Insane asylums in Bengal annual reports 1867-1875 - 1867-1875
Year: 1867
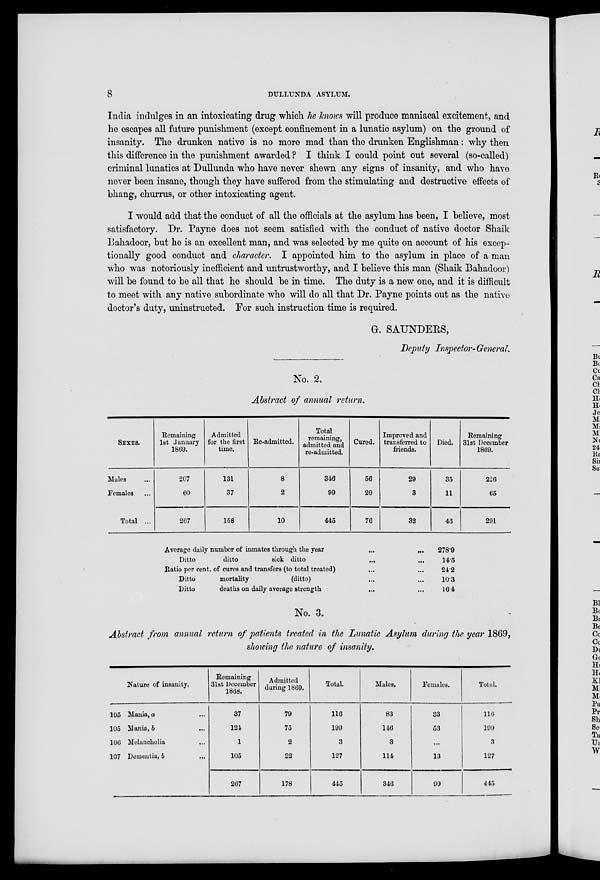
8
DULLUNDA ASYLUM.
India indulges in an intoxicating drug which he knows will produce maniacal excitement, and
he escapes all future punishment (except confinement in a lunatic asylum) on the ground of
insanity. The drunken native is no more mad than the drunken Englishman: why then
this difference in the punishment awarded ? I think I could point out several (so-called)
criminal lunatics at Dullunda who have never shewn any signs of insanity, and who have
never been insane, though they have suffered from the stimulating and destructive effects of
bhang, churrus, or other intoxicating agent.
I would add that the conduct of all the officials at the asylum has been, I believe, most
satisfactory. Dr. Payne does not seem satisfied with the conduct of native doctor Shaik
Bahadoor, but he is an excellent man, and was selected by me quite on account of his excep-
tionally good conduct and character. I appointed him to the asylum in place of a man
who was notoriously inefficient and untrustworthy, and I believe this man (Shaik Bahadoor)
will be found to be all that he should be in time. The duty is a new one, and it is difficult
to meet with any native subordinate who will do all that Dr. Payne points out as the native
doctor's duty, uninstructed. For such instruction time is required.
G. SAUNDERS,
Deputy Inspector- General.
No. 2.
Abstract of annual return.
SEXES.
Males ...
Females ...
Total ...
Remaining
1st January
1869.
207
60
267
Admitted
for the first
time.
131
37
168
Re-admitted.
8
2
10
Total
remaining,
admitted and
re-admitted.
346
99
445
Cured.
56
20
76
Improved and
transferred to
friends.
29
3
32
Died.
35
11
46
Remaining
31st December
1869.
226
65
291
Average daily number of inmates through the year
...
...
Ditto
ditto
sick ditto ... ...
Ratio per cent. of cures and transfers (to total treated) ... ...
Ditto
mortality
(ditto) ... ...
Ditto
deaths on daily average strength ... ...
278.9
14.5
24.2
10.3
16.4
No. 3.
Abstract from annual return of patients treated in the Lunatic Asylum during the year 1869,
showing the nature of insanity.
Nature of insanity.
105 Mania, a ...
105 Mania, b ...
106 Melancholia ...
107 Dementia, b
...
Remaining
31st December
1868.
37
124
1
105
267
Admitted
during 1869.
79
75
2
22
178
Total.
116
199
3
127
445
Males.
83
146
3
114
346
Females.
33
53
...
13
99
Total.
116
109
3
127
445